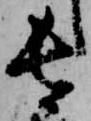
長